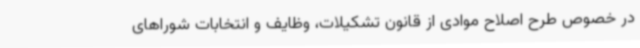
در خصوص طرح اصلاح موادی از قانون تشکیلات، وظایف و انتخابات شوراهای